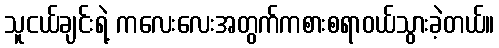
သူငယ်ချင်းရဲ့ ကလေးလေးအတွက်ကစားစရာဝယ်သွားခဲ့တယ်။